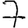
Digit: 7